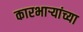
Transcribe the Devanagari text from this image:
कारभार्‍यांच्या